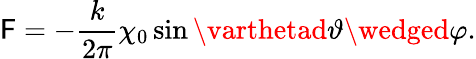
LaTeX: \mathsf{F}=-\frac{{k}}{{2\pi}}\chi_{0}\sin\varthetad\vartheta\wedged\varphi.